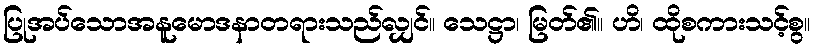
ပြုအပ်သောအနူမောဒနာတရားသည်လျှင်။ သေဋ္ဌာ၊ မြတ်၏။ ဟိ၊ ထိုစကားသင့်စွ။